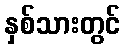
နှစ်သားတွင်